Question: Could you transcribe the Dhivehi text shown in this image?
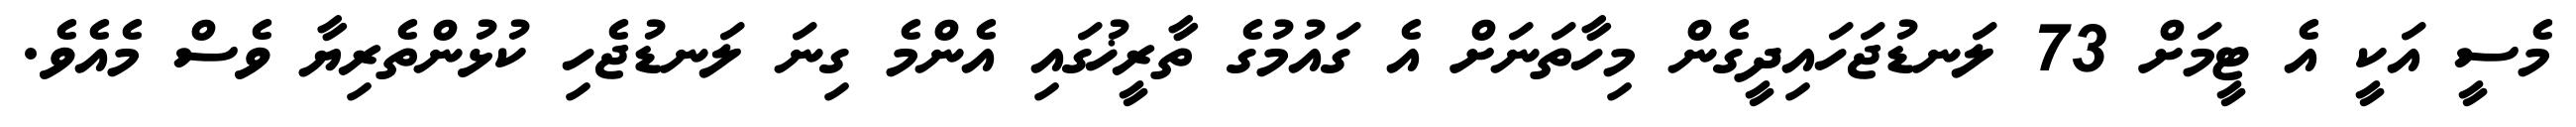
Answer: މެސީ އަކީ އެ ޓީމަށް 73 ލަނޑުޖަހައިދީގެން މިހާތަނަށް އެ ގައުމުގެ ތާރީޚުގައި އެންމެ ގިނަ ލަނޑުޖެހި ކުޅުންތެރިޔާ ވެސް މެއެވެ.